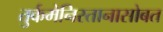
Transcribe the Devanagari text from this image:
तुर्कमेनिस्तानासोबत